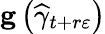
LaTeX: \mathbf{g}\left(\widehat{\gamma}_{t+r\varepsilon}\right)